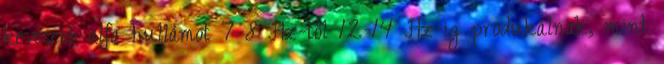
kevesebb alfa hullámot 7-8 Hz-től 12-14 Hz-ig produkálnak, mint